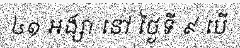
៤១ អង្សា នៅ ថ្ងៃទី ៩ បើ